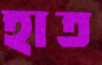
হাত